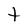
Character: t